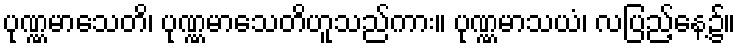
ပုဏ္ဏမာသေတိ၊ ပုဏ္ဏမာသေတိဟူသည်ကား။ ပုဏ္ဏမာသယံ၊ လပြည့်နေ့၌။